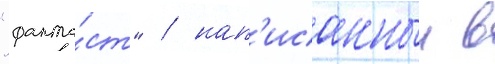
"фанта́ст" / нап'исанныи в